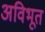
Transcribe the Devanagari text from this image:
अविभूत